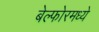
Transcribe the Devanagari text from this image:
बेल्फोरमध्ये